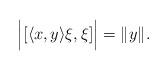
LaTeX: \begin{align*} \Big| [ \langle x, y \rangle \xi, \xi ] \Big| = \| y\|.\end{align*}